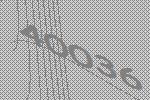
40036